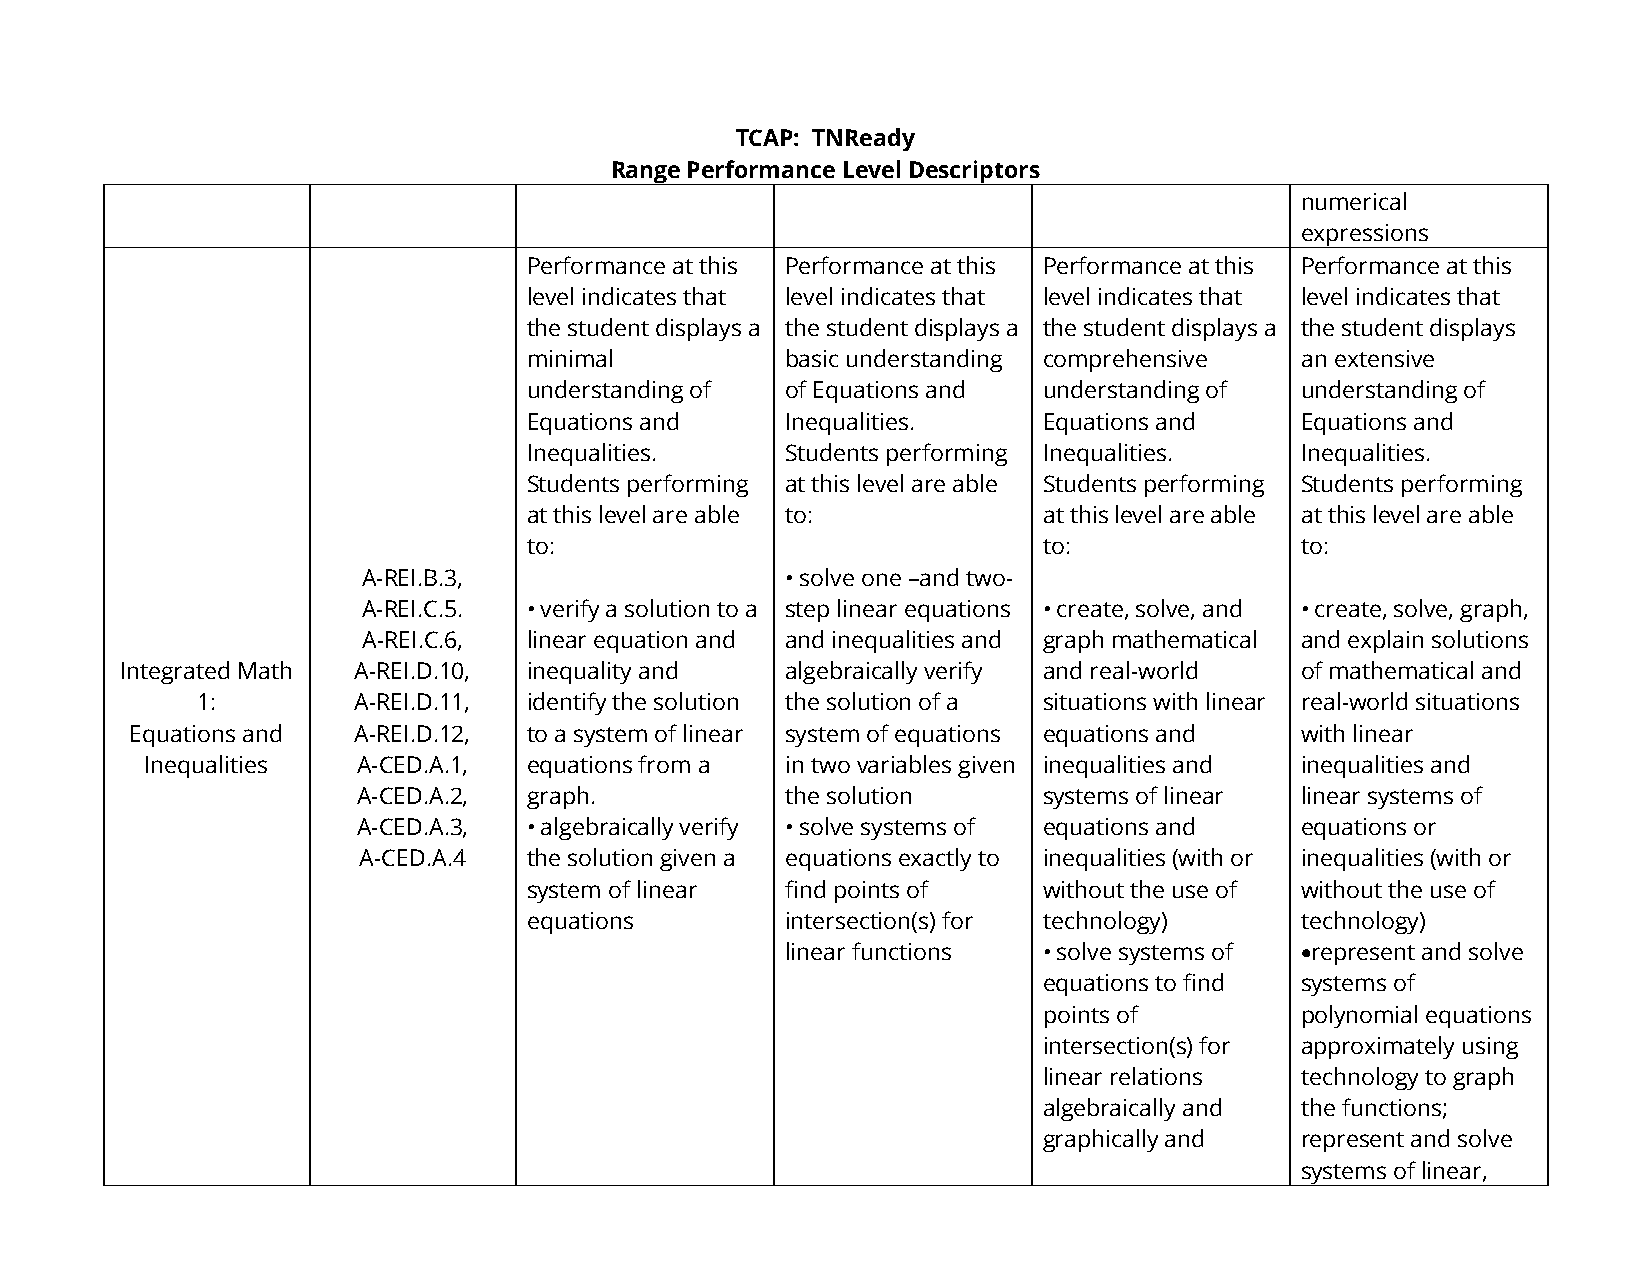
TCAP: TNReady
 Range Performance Level Descriptors
 numerical
 expressions
 Performance at this Performance at this Performance at this Performance at this
 level indicates that level indicates that level indicates that level indicates that
 the student displays a the student displays a the student displays a the student displays
 minimal          basic understanding comprehensive an extensive
 understanding of of Equations and understanding of understanding of
 Equations and    Inequalities.    Equations and    Equations and
 Inequalities.    Students performing Inequalities. Inequalities.
 Students performing at this level are able Students performing Students performing
 at this level are able to:        at this level are able at this level are able
 to:                               to:              to:
 A-REI.B.3,                  • solve one –and two-
 A-REI.C.5. • verify a solution to a step linear equations • create, solve, and • create, solve, graph,
 A-REI.C.6, linear equation and and inequalities and graph mathematical and explain solutions
 Integrated Math A-REI.D.10, inequality and  algebraically verify and real-world of mathematical and
 1:        A-REI.D.11, identify the solution the solution of a situations with linear real-world situations
 Equations and A-REI.D.12, to a system of linear system of equations equations and with linear
 Inequalities  A-CED.A.1, equations from a in two variables given inequalities and inequalities and
 A-CED.A.2, graph.           the solution     systems of linear linear systems of
 A-CED.A.3, • algebraically verify • solve systems of equations and equations or
 A-CED.A.4  the solution given a equations exactly to inequalities (with or inequalities (with or
 system of linear find points of   without the use of without the use of
 equations        intersection(s) for technology)   technology)
 linear functions • solve systems of •represent and solve
 equations to find systems of
 points of        polynomial equations
 intersection(s) for approximately using
 linear relations technology to graph
 algebraically and the functions;
 graphically and  represent and solve
 systems of linear,